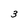
Character: 3